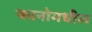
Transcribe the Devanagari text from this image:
कानोमधील